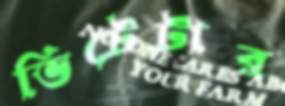
ভিটেটার